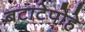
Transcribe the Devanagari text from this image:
बटाटेपोहे